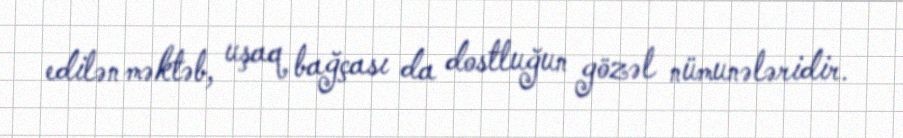
edilən məktəb, uşaq bağçası da dostluğun gözəl nümunələridir.